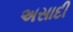
અસાદી